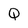
Character: Q